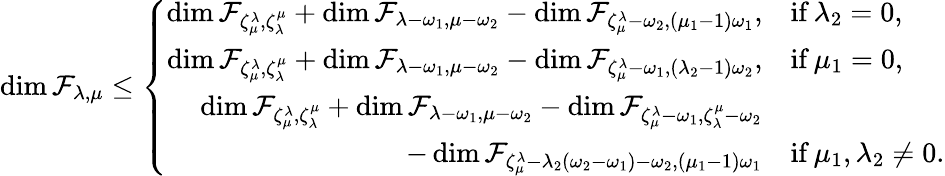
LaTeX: \dim\mathcal F_{\lambda,\mu}\leq\left\lbrace\begin{array}{rl}{\dim\mathcal F_{\zeta_{\mu}^{\lambda},\zeta_{\lambda}^{\mu}}+\dim\mathcal F_{\lambda-\omega_{1},\mu-\omega_{2}}-\dim\mathcal F_{\zeta_{\mu}^{\lambda}-\omega_{2},(\mu_{1}-1)\omega_{1}},}&{\mathrm{if}\, \lambda_{2}=0,}\\ {\dim\mathcal F_{\zeta_{\mu}^{\lambda},\zeta_{\lambda}^{\mu}}+\dim\mathcal F_{\lambda-\omega_{1},\mu-\omega_{2}}-\dim\mathcal F_{\zeta_{\mu}^{\lambda}-\omega_{1},(\lambda_{2}-1)\omega_{2}},}&{\mathrm{if}\, \mu_{1}=0,}\\ {\dim\mathcal F_{\zeta_{\mu}^{\lambda},\zeta_{\lambda}^{\mu}}+\dim\mathcal F_{\lambda-\omega_{1},\mu-\omega_{2}}-\dim\mathcal F_{\zeta_{\mu}^{\lambda}-\omega_{1},\zeta_{\lambda}^{\mu}-\omega_{2}}}&\\ {-\dim\mathcal F_{\zeta_{\mu}^{\lambda}-\lambda_{2}(\omega_{2}-\omega_{1})-\omega_{2},(\mu_{1}-1)\omega_{1}}}&{\mathrm{if}\, \mu_{1},\lambda_{2}\neq 0.}\end{array}\right.